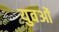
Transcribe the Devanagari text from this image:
युवओं